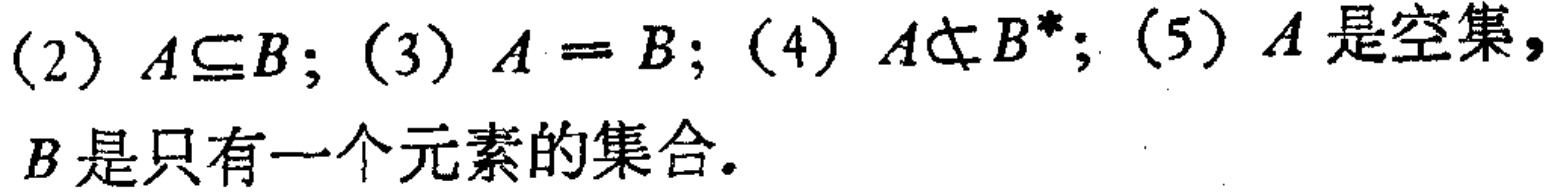
(2) \(A\subseteq B\); (3) \(A = B\); (4) \(A\nsubseteq B^{*}\); (5) \(A\)是空集，

\(B\)是只有一个元素的集合.